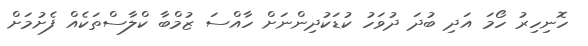
ހޮނިހިރު ހޯމަ އަދި ބުދަ ދުވަހު ކުޑަކުދިންނަށް ހާއްސަ ޒުމްބާ ކްލާސްތަކެއް ފެށުމަށް